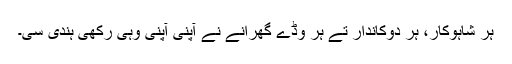
ہر شاہوکار، ہر دوکاندار تے ہر وڈے گھرانے نے آپنی آپنی وہی رکھی ہُندی سی۔